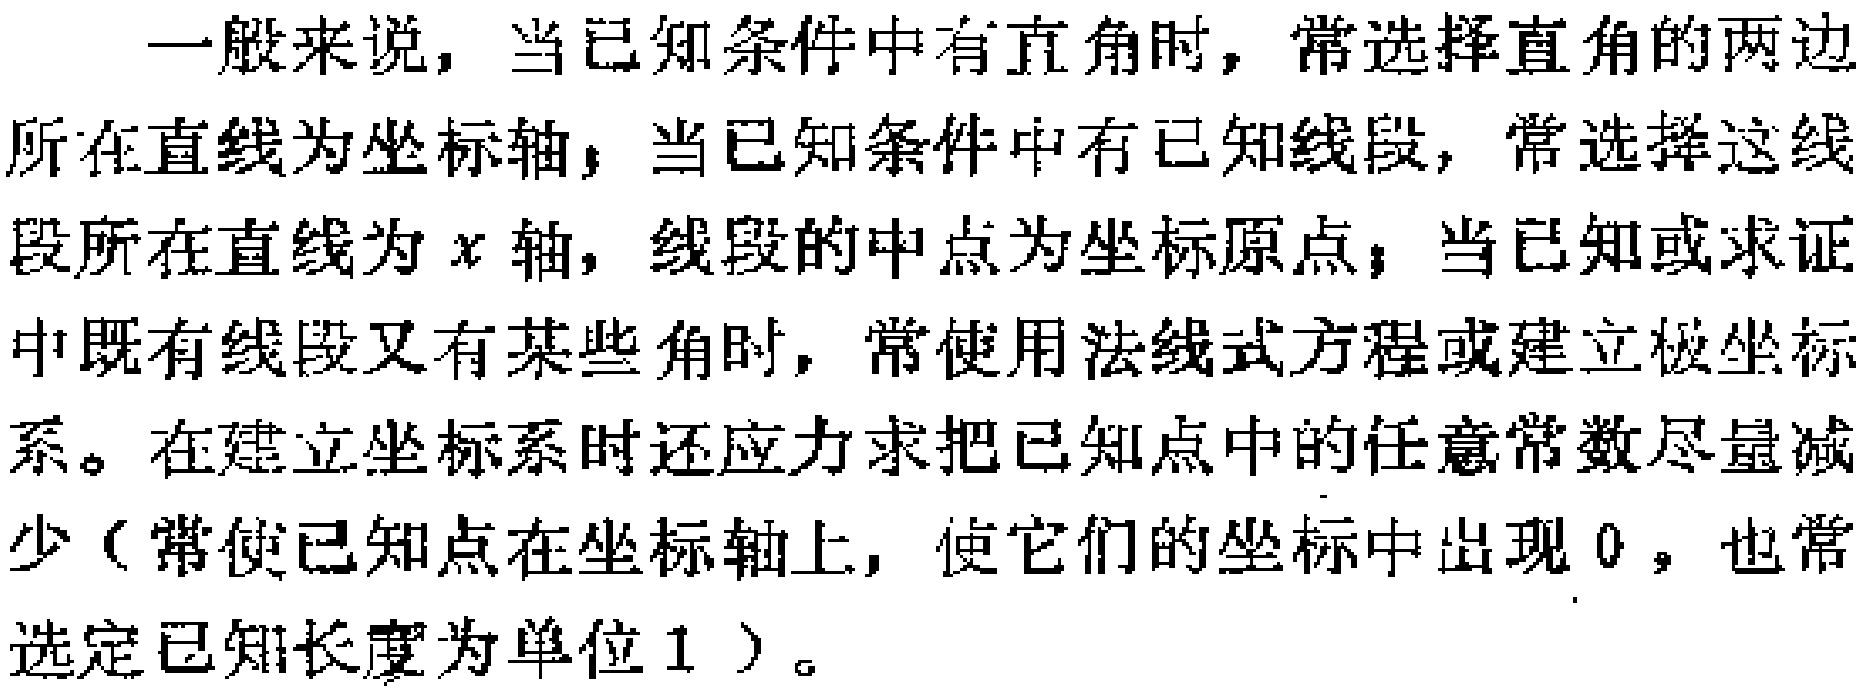
一般来说，当已知条件中有直角时，常选择直角的两边所在直线为坐标轴；当已知条件中有已知线段，常选择这线段所在直线为\(x\)轴，线段的中点为坐标原点；当已知或求证中既有线段又有某些角时，常使用法线式方程或建立极坐标系。在建立坐标系时还应力求把已知点中的任意常数尽量减少（常使已知点在坐标轴上，使它们的坐标中出现\(0\)，也常选定已知长度为单位\(1\)）。